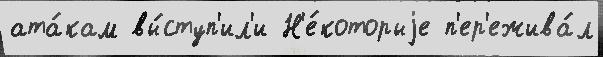
ата́кам вы́ступ'ил'и Н'е́которыjе п'ер'ежива́л